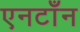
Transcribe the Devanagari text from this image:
एनटाँन